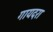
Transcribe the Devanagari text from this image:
गायदरा